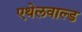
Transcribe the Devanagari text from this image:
एथेलवाल्ड